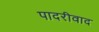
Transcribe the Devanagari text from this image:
पादरीवाद